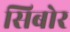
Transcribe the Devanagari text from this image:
सिबोर